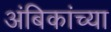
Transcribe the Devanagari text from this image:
अंबिकांच्या